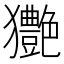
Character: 𤣚